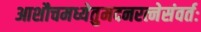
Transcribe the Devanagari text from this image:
आशौचमध्येतुमदनरत्नेसंवर्तः